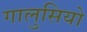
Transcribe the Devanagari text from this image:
गालुसियो